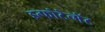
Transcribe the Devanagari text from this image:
इन्फोटेन्मेंट